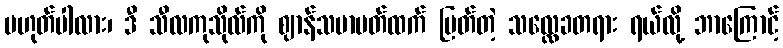
မဟုတ်ပါလား၊ ဒီ သီလကုသိုလ်ကို ဈာန်သမာပတ်ထက် မြတ်တဲ့ သလ္လေခတရား ရယ်လို့ ဘာကြောင့်